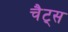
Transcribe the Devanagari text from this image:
चैट्स